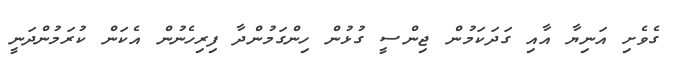
ގެވެށި އަނިޔާ އާއި ގަދަކަމުން ޖިންސީ ގުޅުން ހިންގަމުންދާ ފިރިހެނުން އެކަން ކުރަމުންދަނީ